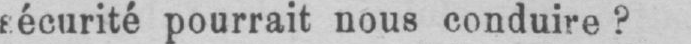
sécurité pourrait nous conduire?